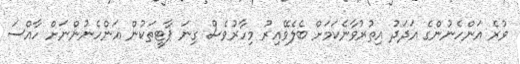
ވުރެ އަންހެނުންގެ އަދަދު އިތުރުވާނެކަމަށް ބެލެވޭއިރު މިހާރުވެސް ގިނަ ޕާޓީތަކުން އަންހެނުންނަށް ހާއްސަ